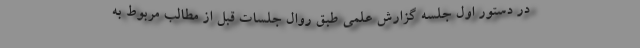
در دستور اول جلسه گزارش علمی طبق روال جلسات قبل از مطالب مربوط به